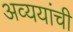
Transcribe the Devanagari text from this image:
अव्ययांची